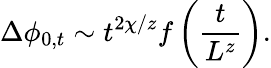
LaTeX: \Delta\phi_{0,t}\sim t^{2\chi/z}f\left(\frac{t}{L^{z}}\right).